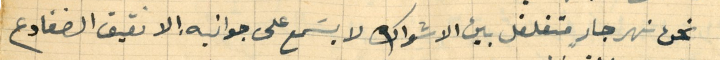
نحن نهر جارٍ متغلغل بين الاشواك لا يسَمع على جوانبه الا نقيق الضفادع